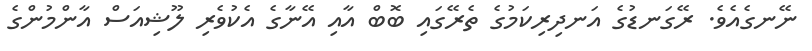
ނޭނގެއެވެ. ރޭގަނޑުގެ އަނދިރިކަމުގެ ތެރޭގައި ބޮބް އާއި އޭނާގެ އެކުވެރި ލޫޝިއަސް އާންމުންގެ